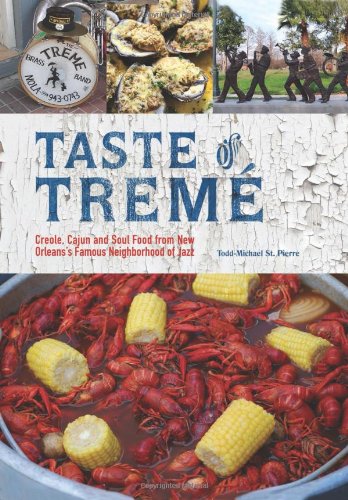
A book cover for Taste of TremÃ©: Creole, Cajun, and Soul Food from New Orleans' Famous Neighborhood of Jazz; Todd-Michael St. Pierre; Cookbooks, Food & Wine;